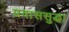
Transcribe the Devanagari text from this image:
प्रवाससुद्धा